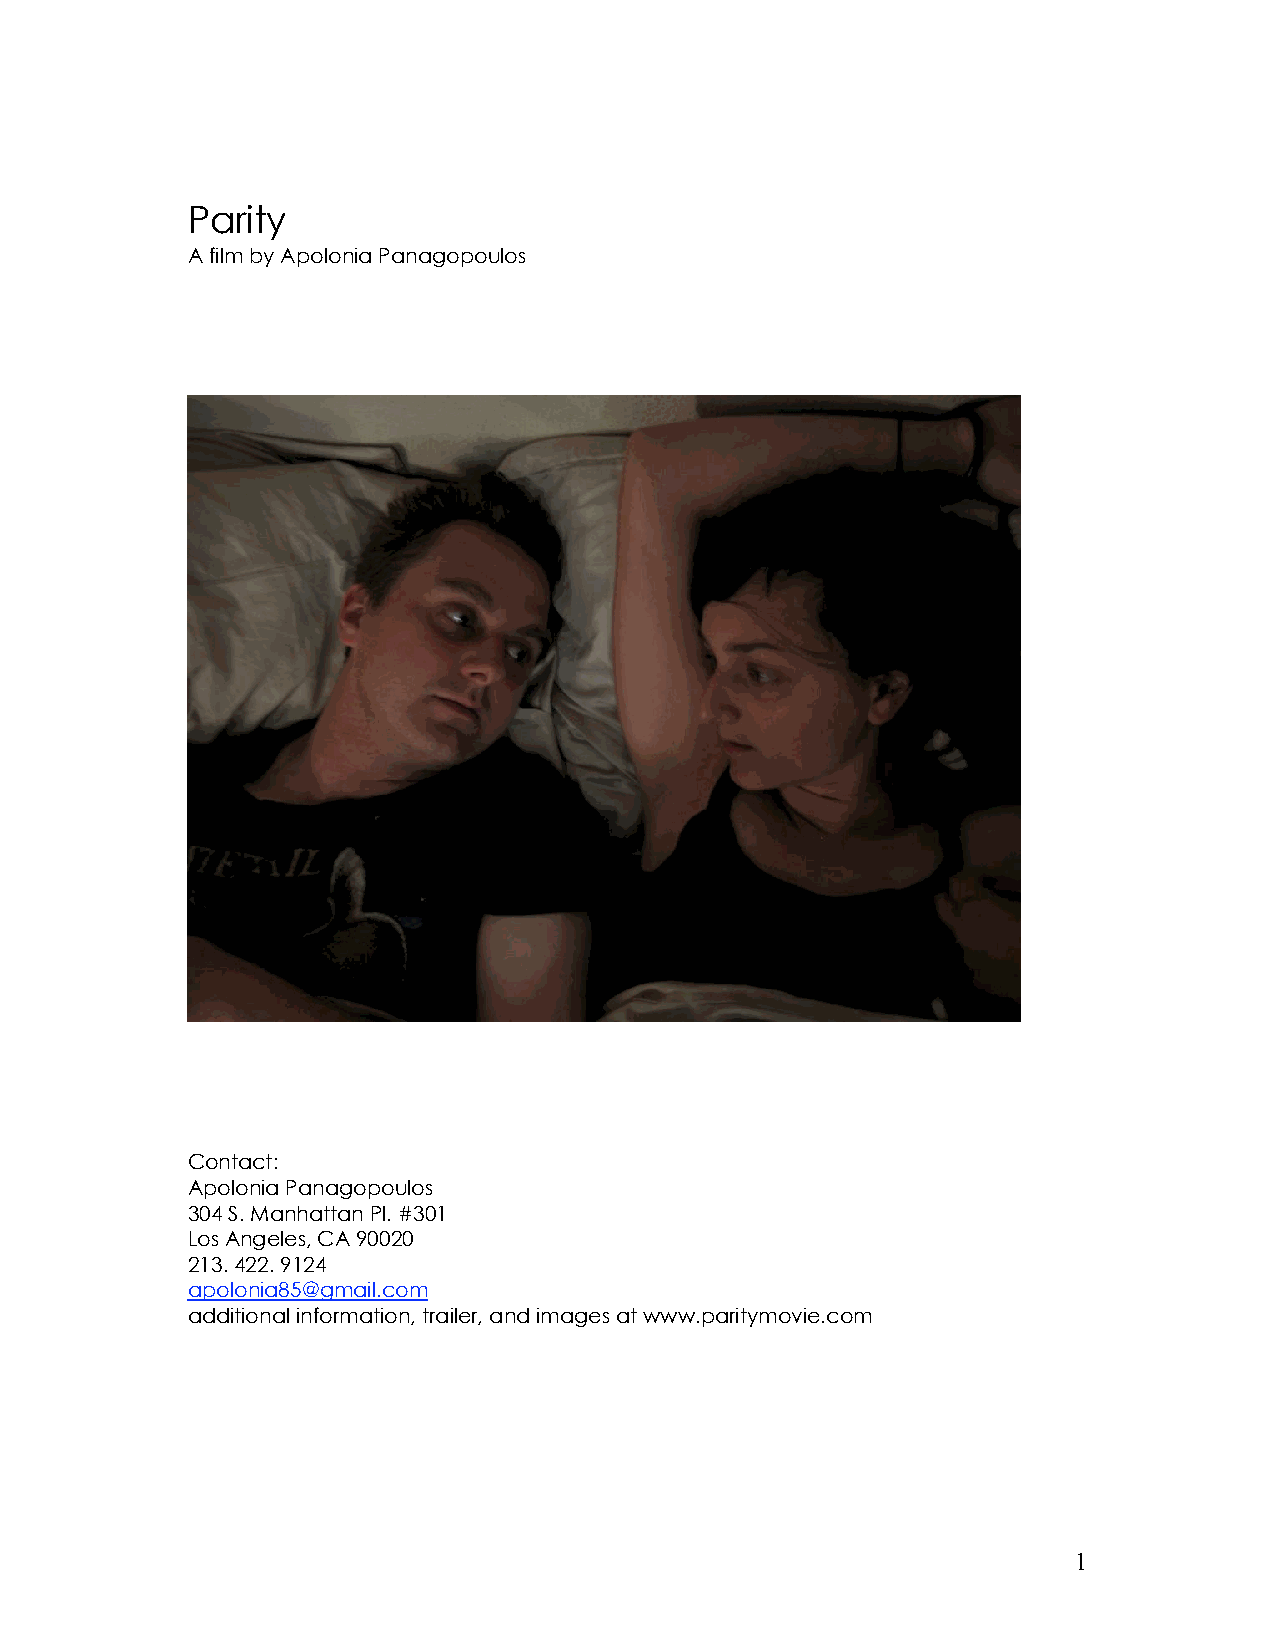
Parity
 A film by Apolonia Panagopoulos
 Contact:
 Apolonia Panagopoulos
 304 S. Manhattan Pl. #301
 Los Angeles, CA 90020
 213. 422. 9124
 apolonia85@gmail.com
 additional information, trailer, and images at www.paritymovie.com
 1